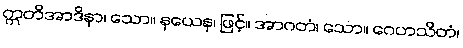
ဣတိအာဒိနာ၊ သော။ နယေန၊ ဖြင့်။ အာဂတံ၊ သော။ ဂေဟသိတံ၊